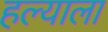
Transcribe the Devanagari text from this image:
हल्याला